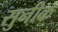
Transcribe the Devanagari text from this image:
सुनीक